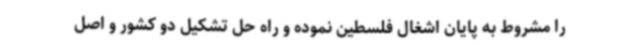
را مشروط به پایان اشغال فلسطین نموده و راه حل تشکیل دو کشور و اصل